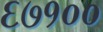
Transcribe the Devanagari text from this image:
६७१००